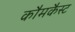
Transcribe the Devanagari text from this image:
कौमकैस्ट